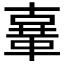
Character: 𲊜